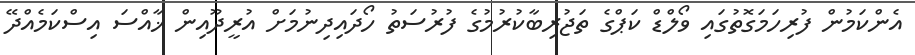
އެެންކަމުން ފުރިހަމަގޮތުގައި ވޯލްޑް ކަޕްގެ ތަޖުރިބާކުރުމުގެ ފުރުސަތު ހޯދައިދިނުމަށް އުރީދޫއިން ޚާއްސަ އިސްކަމެއްދޭ